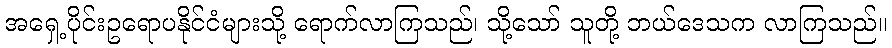
အရှေ့ပိုင်းဥရောပနိုင်ငံများသို့ ရောက်လာကြသည်၊ သို့သော် သူတို့ ဘယ်ဒေသက လာကြသည်။